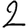
Digit: 2